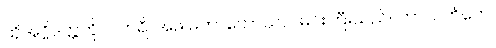
ထိုအဂ္ဂိဒတ္တကို။ ပိတရိ၊ အဖ မဟာကောသလမင်းကြီးသည်။ ကာလင်္ကတေ၊